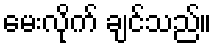
မေးလိုက် ချင်သည်။